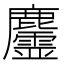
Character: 𪋳